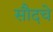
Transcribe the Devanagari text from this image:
सौदचे